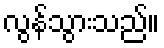
လွန်သွားသည်။